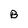
Character: B